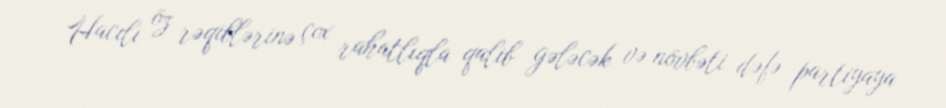
Hacılı öz rəqiblərinə çox rahatlıqla qalib gələcək və növbəti dəfə partiyaya